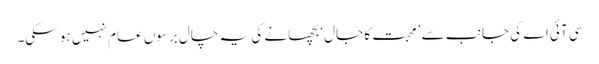
سی آئی اے کی جانب سے ’ محبت کا جال‘ بچھانے کی یہ چال برسوں عام نہیں ہو سکی۔